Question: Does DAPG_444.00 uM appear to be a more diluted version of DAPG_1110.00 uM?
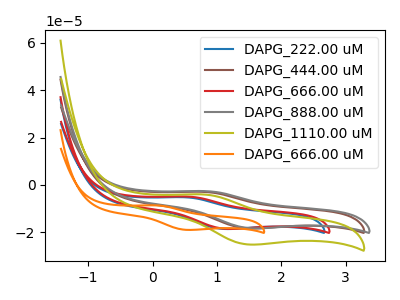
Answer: <think>The blue curve "DAPG_222.00 uM" has an anodic peak at (0.50V, -5.25uA) and a cathodic peak at (1.10V, -18.65uA). The brown curve "DAPG_444.00 uM" has an anodic peak at (0.80V, -2.95uA) and a cathodic peak at (1.50V, -18.40uA). The red curve "DAPG_666.00 uM" has an anodic peak at (0.55V, -4.95uA) and a cathodic peak at (1.15V, -18.60uA). The gray curve "DAPG_888.00 uM" has an anodic peak at (0.85V, -2.65uA) and a cathodic peak at (1.55V, -18.35uA). The olive curve "DAPG_1110.00 uM" has an anodic peak at (0.80V, -4.05uA) and a cathodic peak at (1.50V, -25.20uA). The orange curve "DAPG_666.00 uM" has an anodic peak at (0.05V, -8.70uA) and a cathodic peak at (0.50V, -19.05uA).
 All the peaks in "DAPG_444.00 uM" have a peak in "DAPG_1110.00 uM" at the same potential.</think>
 <answer>I cant tell if "DAPG_444.00 uM" or "DAPG_1110.00 uM" has higher concentration.</answer>
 <eval>mixed_concentration</eval>